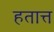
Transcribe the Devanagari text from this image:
हतात्त